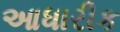
આધારીક